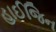
હાઈજિન